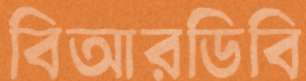
বিআরডিবি